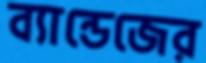
ব্যান্ডেজের